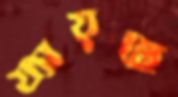
য্যায়ছে